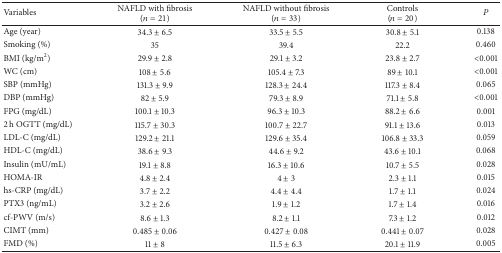
<table><thead><tr><td><b>Variables </b></td><td><b>NAFLD with fibrosis (<i>n</i> = 21)</b></td><td><b>NAFLD without fibrosis (<i>n</i> = 33)</b></td><td><b>Controls (<i>n</i> = 20)</b></td><td><b><i>P</i></b></td></tr></thead><tbody><tr><td>Age (year) </td><td>34.3 ± 6.5</td><td>33.5 ± 5.5</td><td>30.8 ± 5.1</td><td>0.138</td></tr><tr><td>Smoking (%)</td><td>35</td><td>39.4</td><td>22.2</td><td>0.460</td></tr><tr><td>BMI (kg/m<sup>2</sup>)</td><td>29.9 ± 2.8</td><td>29.1 ± 3.2</td><td>23.8 ± 2.7</td><td>&lt;0.001</td></tr><tr><td>WC (cm)</td><td>108 ± 5.6</td><td>105.4 ± 7.3</td><td>89 ± 10.1</td><td>&lt;0.001</td></tr><tr><td>SBP (mmHg)</td><td>131.3 ± 9.9</td><td>128.3 ± 24.4</td><td>117.3 ± 8.4</td><td>0.065</td></tr><tr><td>DBP (mmHg)</td><td>82 ± 5.9</td><td>79.3 ± 8.9</td><td>71.1 ± 5.8</td><td>&lt;0.001</td></tr><tr><td>FPG (mg/dL)</td><td>100.1 ± 10.3</td><td>96.3 ± 10.3</td><td>88.2 ± 6.6</td><td>0.001</td></tr><tr><td>2 h OGTT (mg/dL)</td><td>115.7 ± 30.3</td><td>100.7 ± 22.7</td><td>91.1 ± 13.6</td><td>0.013</td></tr><tr><td>LDL-C (mg/dL)</td><td>129.2 ± 21.1</td><td>129.6 ± 35.4</td><td>106.8 ± 33.3</td><td>0.059</td></tr><tr><td>HDL-C (mg/dL)</td><td>38.6 ± 9.3</td><td>44.6 ± 9.2</td><td>43.6 ± 10.1</td><td>0.068</td></tr><tr><td>Insulin (mU/mL)</td><td>19.1 ± 8.8</td><td>16.3 ± 10.6</td><td>10.7 ± 5.5</td><td>0.028</td></tr><tr><td>HOMA-IR</td><td>4.8 ± 2.4</td><td>4 ± 3</td><td>2.3 ± 1.1</td><td>0.015</td></tr><tr><td>hs-CRP (mg/dL)</td><td>3.7 ± 2.2</td><td>4.4 ± 4.4</td><td>1.7 ± 1.1</td><td>0.024</td></tr><tr><td>PTX3 (ng/mL)</td><td>3.2 ± 2.6</td><td>1.9 ± 1.2</td><td>1.7 ± 1.4</td><td>0.016</td></tr><tr><td>cf-PWV (m/s)</td><td>8.6 ± 1.3</td><td>8.2 ± 1.1</td><td>7.3 ± 1.2</td><td>0.012</td></tr><tr><td>CIMT (mm)</td><td>0.485 ± 0.06</td><td>0.427 ± 0.08</td><td>0.441 ± 0.07</td><td>0.028</td></tr><tr><td>FMD (%)</td><td>11 ± 8</td><td>11.5 ± 6.3</td><td>20.1 ± 11.9</td><td>0.005</td></tr></tbody></table>